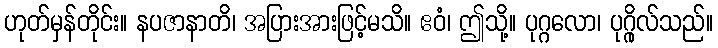
ဟုတ်မှန်တိုင်း။ နပဇာနာတိ၊ အပြားအားဖြင့်မသိ။ ဧဝံ၊ ဤသို့။ ပုဂ္ဂလော၊ ပုဂ္ဂိုလ်သည်။